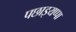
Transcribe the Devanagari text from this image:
पछाइयप्पा